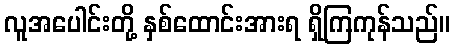
လူအပေါင်းတို့ နှစ်ထောင်းအားရ ရှိကြကုန်သည်။